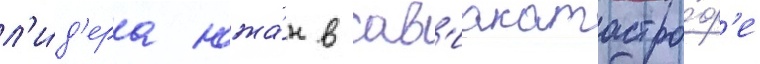
л'и́д'ера южа́н в ав'иакатастро́ф'е